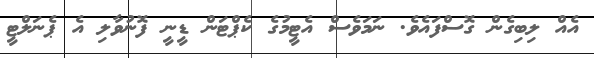
އެއް ލިބިގެން ގޮސްފައެވެ. ނަމަވެސް އެޓީމުގެ ކެޕްޓަން ޑީނީ ފޮނުވާލި އެ ޕެނަލްޓީ